Vaccination in Bombay 1863-1868 - 1863-1868
Year: 1863
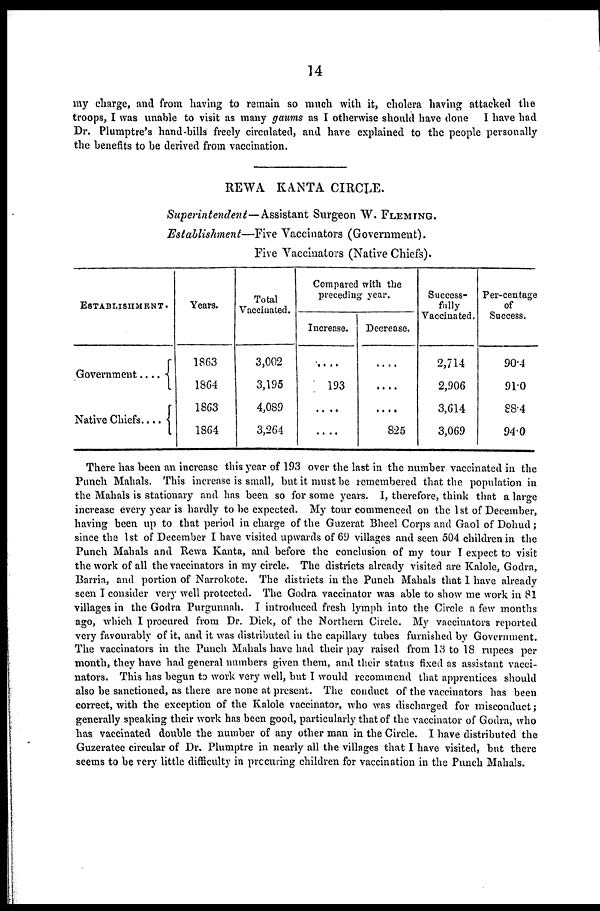
14
my charge, and from having to remain so much with it, cholera having attacked the
troops, I was unable to visit as many gaums as I otherwise should have done I have had
Dr. Plumptre's hand-bills freely circulated, and have explained to the people personally
the benefits to be derived from vaccination.
REWA KANTA CIRCLE.
Superintendent—Assistant
Surgeon W. FLEMING.
Establishment—Five Vaccinators (Government).
Five Vaccinators (Native Chiefs).
ESTABLISHMENT.
Government ....
Native Chiefs....
Years.
1863
1864
1863
1864
Total
Vaccinated.
3,002
3,195
4,089
3,264
Compared with the
preceding year.
Increase.
....
193
....
....
Decrease.
....
....
....
825
Success-
fully
Vaccinated.
2,714
2,906
3,614
3,069
Per-centage
of
Success.
90.4
91.0
88.4
94.0
There has been an increase this year of 193 over the last in the number vaccinated in the
Punch Mahals. This increase is small, but it must be remembered that the population in
the Mahals is stationary and has been so for some years. I, therefore, think that a large
increase every year is hardly to be expected. My tour commenced on the 1st of December,
having been up to that period in charge of the Guzerat Bheel Corps and Gaol of Dohud;
since the 1st of December I have visited upwards of 69 villages and seen 504 children in the
Punch Mahals and Rewa Kanta, and before the conclusion of my tour I expect to visit
the work of all the vaccinators in my circle. The districts already visited are Kalole, Godra,
Barria, and portion of Narrokote. The districts in the Punch Mahals that 1 have already
seen I consider very well protected. The Godra vaccinator was able to show me work in 81
villages in the Godra Purgunnah. I introduced fresh lymph into the Circle a few months
ago, which I procured from Dr. Dick, of the Northern Circle. My vaccinators reported
very favourably of it, and it was distributed in the capillary tubes furnished by Government.
The vaccinators in the Punch Mahals have had their pay raised from 13 to 18 rupees per
month, they have had general numbers given them, and their status fixed as assistant vacci-
nators. This has begun to work very well, but I would recommend that apprentices should
also be sanctioned, as there are none at present. The conduct of the vaccinators has been
correct, with the exception of the Kalole vaccinator, who was discharged for misconduct;
generally speaking their work has been good, particularly that of the vaccinator of Godra, who
has vaccinated double the number of any other man in the Circle. I have distributed the
Guzeratee circular of Dr. Plumptre in nearly all the villages that I have visited, but there
seems to be very little difficulty in prccuring children for vaccination in the Punch Mahals.